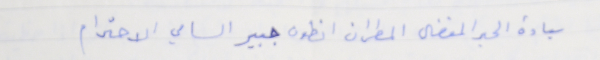
سيادة الحبر المفضال المطران انطون جبير السامي الاحترام